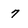
Character: 7